Lunatic asylums Punjab 1868-1880 - 1868-1880
Year: 1868
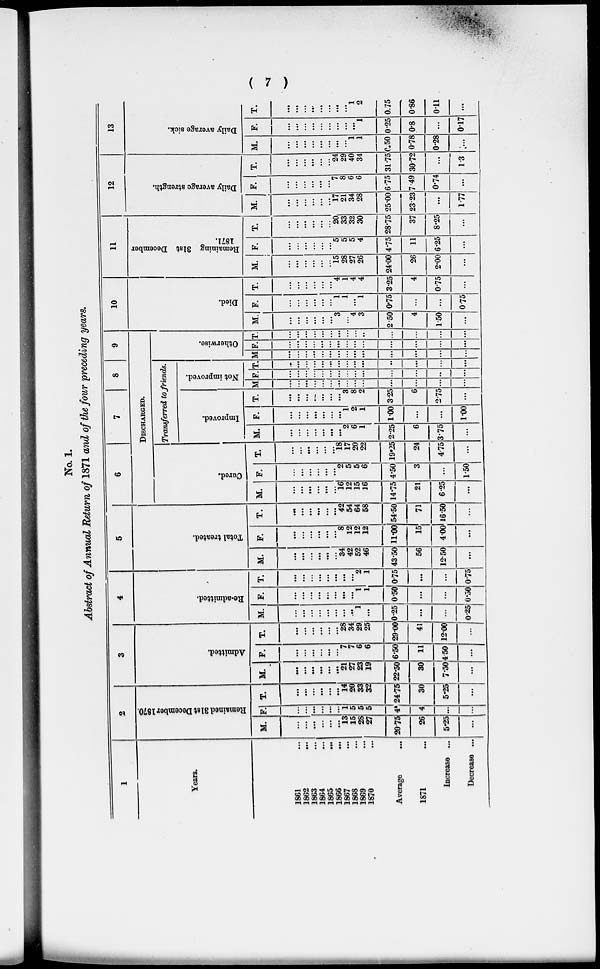
( 7 )
No. 1.
Abstract of Annual Return of 1871 and of the four preceding years.
1
Years.
1861 ...
1862 ...
1863 ...
1864
...
1865 ...
1866 ...
1867 ...
1868 ...
1869 ...
1870 ...
Average ...
1871 ...
Increase ...
Decrease ...
2
Remained 31st December 1870.
M.
...
...
...
...
...
...
13
15
28
27
20.75
26
5.25
...
F.
...
...
...
...
...
...
1
5
5
5
4
4
...
...
T.
...
...
...
...
...
...
14
20
33
32
24.75
30
5.25
...
3
Admitted.
M.
...
...
...
...
...
...
21
27
23
19
22.50
30
7.50
...
F.
...
...
...
...
...
...
7
7
6
6
6.50
11
4.50
...
T.
...
...
...
...
...
...
28
34
29
25
29.00
41
12.00
. . .
4
He-admitted.
M.
...
...
...
...
...
...
...
...
1
...
0.25
...
...
0.25
F.
...
...
...
...
...
...
...
...
1
1
0.50
...
...
0.50
T.
...
...
...
...
...
...
...
...
2
1
0.75
...
...
0.75
5
Total treated.
M.
...
...
...
...
...
...
34
42
52
46
43.50
56
12.50
...
F.
...
...
...
...
...
...
8
12
12
12
11.00
15
4.00
...
T.
...
...
...
...
...
...
42
54
64
58
54.50
71
16.50
...
6
7
8
9
DISCHARGED.
Cured.
M.
...
...
...
...
...
...
16
12
15
16
14.75
21
6.25
...
F.
...
...
...
...
...
...
2
5
5
6
4.50
3
...
1.50
T.
...
...
...
...
...
...
18
17
20
22
19.25
24
4.75
...
Transferred to friends.
Improved.
M.
...
...
...
...
...
...
...
2
6
1
2.25
6
3.75
...
F.
...
...
...
...
...
...
...
1
2
1
1.00
...
...
1.00
T.
...
...
...
...
...
...
...
3
8
2
3.25
6
2.75
...
Not improved.
M
...
...
...
...
...
...
...
...
...
...
...
...
...
...
F.
...
...
...
...
...
...
...
...
...
...
...
...
...
...
T.
...
...
...
...
...
...
...
...
...
...
...
...
...
...
Otherwise.
M
...
...
...
...
...
....
...
...
...
...
...
...
...
...
F.
...
...
...
...
...
...
...
...
...
...
...
...
...
...
T.
...
...
...
...
...
...
...
...
...
...
...
...
...
...
10
Died.
M.
...
...
...
...
...
...
3
...
4
3
2.50
4
1.50
...
F
...
...
...
...
...
...
1
1
...
1
0.75
...
...
0.75
T.
...
...
...
...
...
...
4
1
4
4
3.25
4
0.75
...
11
Remaining 31st December
1871.
M.
...
...
...
...
...
...
15
28
27
26
24.00
26
2.00
...
F.
...
...
...
...
...
...
5
5
5
4
4.75
11
6.25
...
T.
...
...
...
...
...
...
20
33
32
30
28.75
37
8.25
...
12
Daily average strength.
M.
...
...
...
...
...
...
17
21
34
28
25.00
23.23
...
1.77
F.
...
...
...
...
...
...
7
8
6
6
6.75
7.49
0.74
...
T.
...
...
...
...
...
...
24
29
40
34
31.75
30.72
...
1.3
13
Daily average sick.
M.
...
...
...
...
...
...
...
...
1
1
0.50
0.78
0.28
...
F.
...
...
...
...
...
...
...
...
...
1
0.25
0.8
...
0.17
T.
...
...
...
...
...
...
...
...
1
2
0.75
0.86
0.11
...